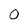
Character: 0